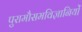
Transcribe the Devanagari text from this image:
पुरामौसमविज्ञानियों